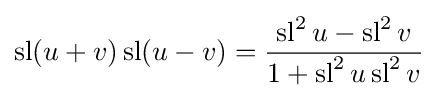
\operatorname {sl} (u+v)\operatorname {sl} (u-v)={\frac {\operatorname {sl} ^{2}u-\operatorname {sl} ^{2}v}{1+\operatorname {sl} ^{2}u\operatorname {sl} ^{2}v}}